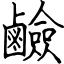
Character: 鹼